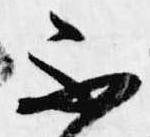
不